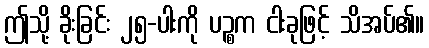
ဤသို့ ခိုးခြင်း ၂၅-ပါးကို ပဉ္စက ငါးခုဖြင့် သိအပ်၏။